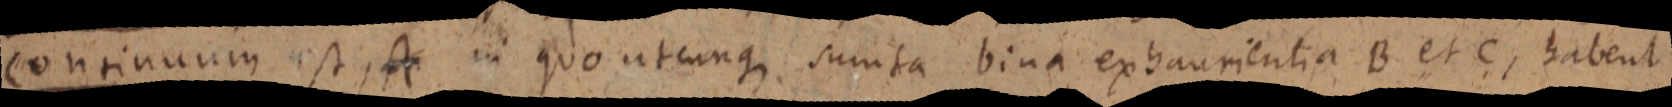
continuum est, A in quoutcunque sumta bina exhaurientia B et C, habent